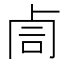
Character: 𠧰